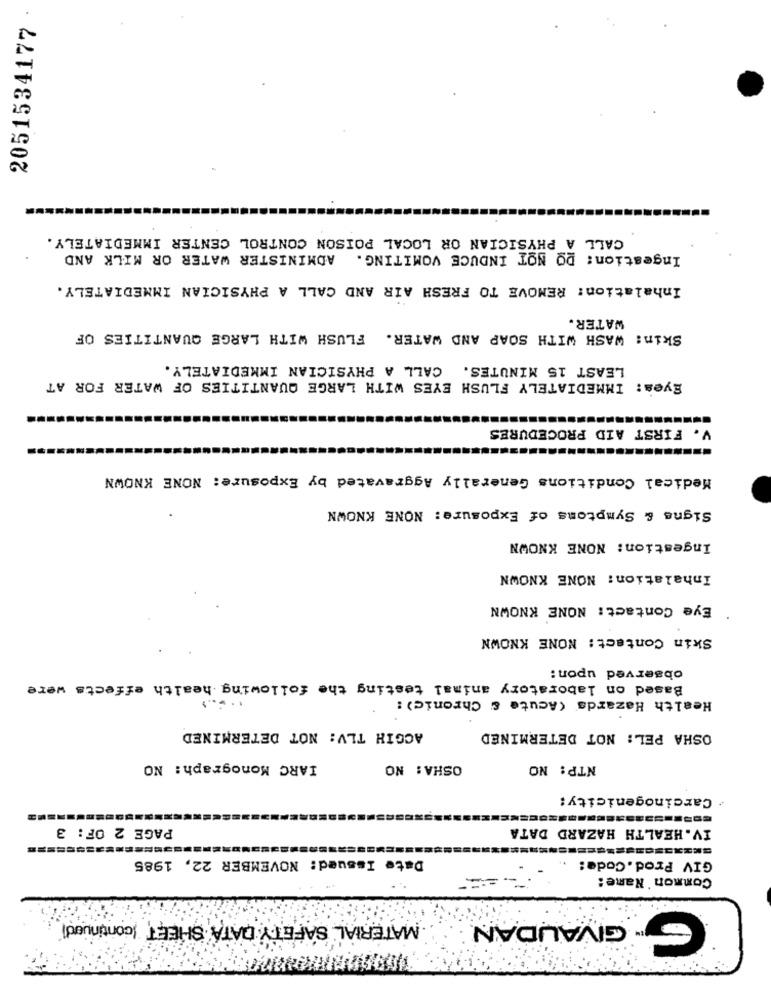
2051534177
CALL A PHYSICIAN OR LOCAL POISON CONTROL CENTER IMMEDIATELY.
Ingestion: DO NOT INDUCE VOMITING. ADMINISTER WATER OR MILK AND
Inhalation: REMOVE TO FRESH AIR AND CALL A PHYSICIAN IMMEDIATELY.
WATER.
Skin: WASH WITH SOAP AND WATER. FLUSH WITH LARGE QUANTITIES OF
LEAST 15 MINUTES. CALL A PHYSICIAN IMMEDIATELY.
Eyes: IMMEDIATELY FLUSH EYES WITH LARGE QUANTITIES OF WATER FOR AT
V. FIRST AID PROCEDURES
Medical Conditions Generally Aggravated by Exposure: NONE KNOWN
Signs & Symptoms of Exposure: NONE KNOWN
Ingestion: NONE KNOWN
Inhalation: NONE KNOWN
Eye Contact: NONE KNOWN
Skin Contact: NONE KNOWN
observed upon:
Based on laboratory animal testing the following health effects were
......
Health Hazards (Acute & Chronic) :
ACGIH TLV: NOT DETERMINED
OSHA PEL: NOT DETERMINED
IARC Monograph: NO
OSHA: NO
NTP: NO
/ Carcinogenicity:
PAGE 2 OF: 3
IV.HEALTH HAZARD DATA
Date Issued: NOVEMBER 22, 1985
GIV Prod.Code:
Common Name:
MATERIAL SAFETY DATA SHEET (continued
GIVAUDAN